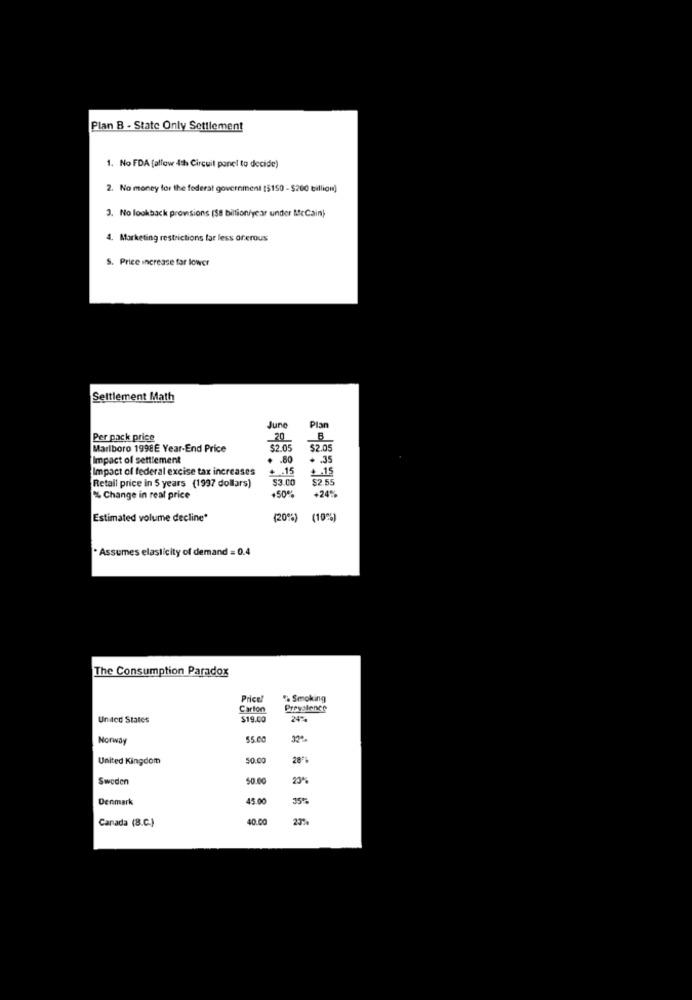
Plan B - State Only Settlement
1. No FDA fallow 4th Circuit panel to decide)
2. No money for the federal government [$150 - $200 billion)
3. No lookback provisions (S8 billion/year under McCain)
4. Marketing restrictions far less oferous
S. Price increase far lower
Settlement Math
June
Plan
Per pack price
20
B
Marlboro 1998E Year-End Price
$2.05
$2.05
Impact of settlement
. . 80
* . 35
Impact of federal excise tax increases
+ .15
+ .15
$3.00
52.5
Retail price in 5 years (1997 dollars)
+24%
% Change in real price
Estimated volume decline*
(20%) (10%)
· Assumes elasticity of demand = 0.4
The Consumption Paradox
Price
% Smoking
Carton
Prevalence
Unded States
$19.00
24%
Norway
55.00
United Kingdom
$0.00
20"
Sweden
50.00
Denmark
45.00
35%%
Canada (B.C.)
40.00
23%